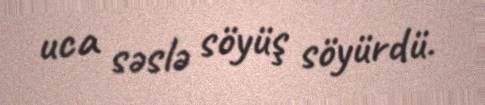
uca səslə söyüş söyürdü.